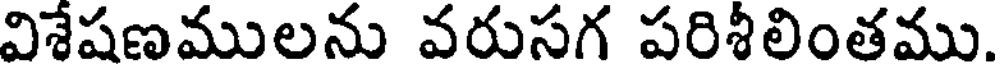
విశేషణములను వరుసగ పరిశీలింతము.